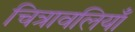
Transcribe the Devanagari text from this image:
चित्रावलियाँ